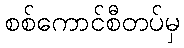
စစ်ကောင်စီတပ်မှ